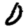
Digit: 0